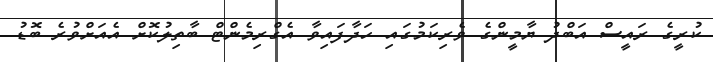
ކުރީގެ ރައީސް އަބްދު ޔާމީންގެ ވެރިކަމުގައި ހަދާފައިވާ އެގްރިމެންޓް ބާތިލުކޮށް އެއަށްވުރެ ބޮޑު